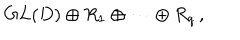
G L ( D ) \oplus R _ { 1 } \oplus \dots \oplus R _ { q } \, ,